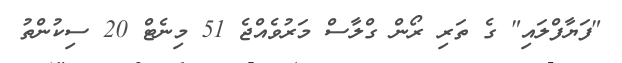
"ފަޔާފްލައި" ގެ ތަރި ރޯން ގްލާސް މަރުވެއްޖެ 51 މިނެޓް 20 ސިކުންތު